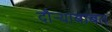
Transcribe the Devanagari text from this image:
दौर्‍याबाबत